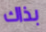
بذاك